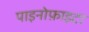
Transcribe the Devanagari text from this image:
पाइनोफ़ाइटा